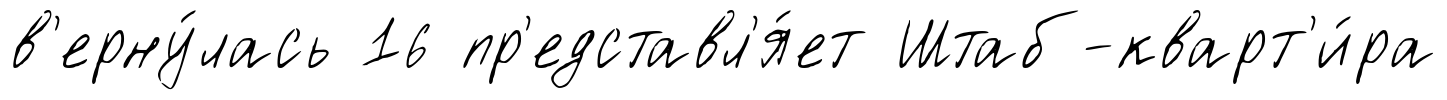
в'ерну́лась 16 пр'едставл'я́ет Штаб-кварт'и́ра